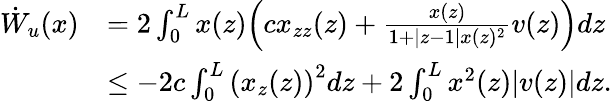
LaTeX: \begin{array}{rl}{\dot{W}_{u}(x)}&{=2\int_{0}^{L}{x(z)\Big(cx_{zz}(z)+\frac{x(z)}{1+|z-1|x(z)^{2}}v(z)\Big)}dz}\\ &{\leq-2c\int_{0}^{L}\left(x_{z}(z)\right)^{2}dz+2\int_{0}^{L}{x^{2}(z)|v(z)|dz}.}\end{array}